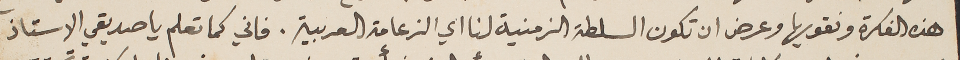
هذه الفكرة ونقويها وعرض ان تكون السلطة الزمنية لنا اي الزعامة العربية. فاني كما تعلم يا صديقي الاستاذ